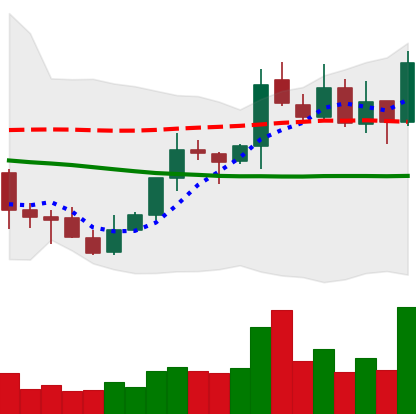
Ticker: XLM-USD
Chart end date: 2021-10-13
Forward return: 3.311%
Label: up_3_5